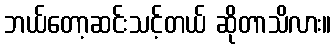
ဘယ်တော့ဆင်းသင့်တယ် ဆိုတာသိလား။